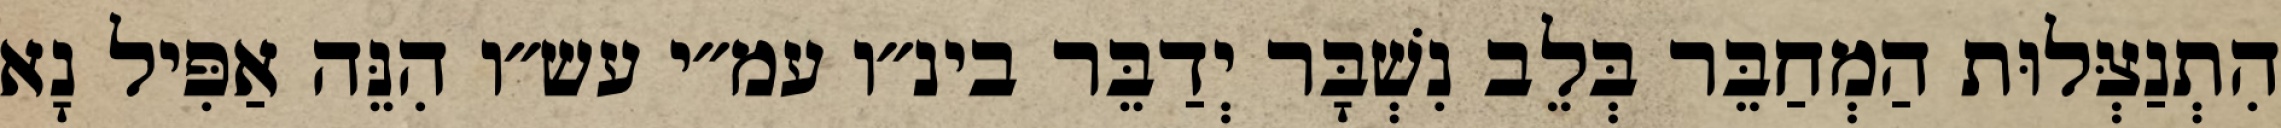
הִתְנַצְּלוּת הַמְחַבֵּר בְּלֵב נִשְׁבָּר יְדַבֵּר בינ״ו עמ״י עש״ו הִנֵּה אַפִּיל נָא